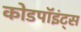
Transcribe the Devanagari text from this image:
कोडपॉइंट्स